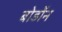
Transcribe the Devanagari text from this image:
बोर्डोन